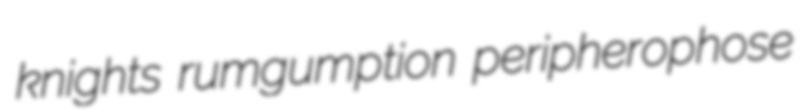
knights rumgumption peripherophose